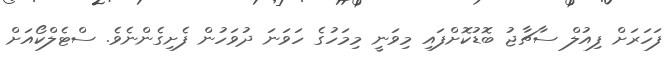
ފަހަރަށް ފިއުލް ސާޗާޖު ބޮޑުކޮށްފައި މިވަނީ މިމަހުގެ ހަވަނަ ދުވަހުން ފެށިގެންނެވެ. ސްޓެލްކޯއަށް